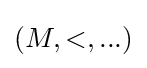
(M,<,...)